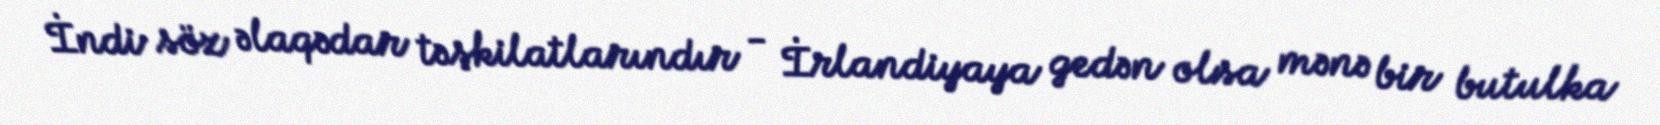
İndi söz əlaqədar təşkilatlarındır - İrlandiyaya gedən olsa mənə bir butulka